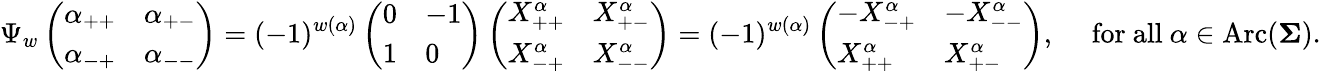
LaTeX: \Psi_{w}\left(\begin{array}{ll}{\alpha_{++}}&{\alpha_{+-}}\\ {\alpha_{-+}}&{\alpha_{--}}\end{array}\right)=(-1)^{w(\alpha)}\left(\begin{array}{ll}{0}&{-1}\\ {1}&{0}\end{array}\right)\left(\begin{array}{ll}{X_{++}^{\alpha}}&{X_{+-}^{\alpha}}\\ {X_{-+}^{\alpha}}&{X_{--}^{\alpha}}\end{array}\right)=(-1)^{w(\alpha)}\left(\begin{array}{ll}{-X_{-+}^{\alpha}}&{-X_{--}^{\alpha}}\\ {X_{++}^{\alpha}}&{X_{+-}^{\alpha}}\end{array}\right),\quad\mathrm{~for~all~}\alpha\in\operatorname{Arc}(\mathbf{\Sigma}).